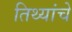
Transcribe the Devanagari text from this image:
तिथ्यांचे